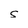
Character: S